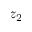
z _ { 2 }